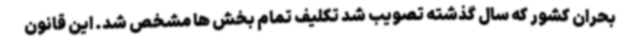
بحران کشور که سال گذشته تصویب شد تکلیف تمام بخش ها مشخص شد. این قانون